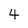
Character: 4